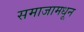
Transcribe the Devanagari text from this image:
समाजामधून